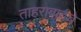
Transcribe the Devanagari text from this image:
ताहराबादचे